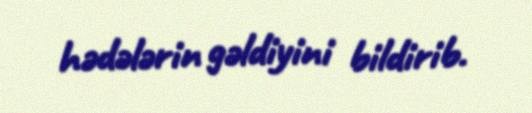
hədələrin gəldiyini bildirib.